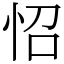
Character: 怊